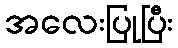
အလေးပြုပြီး